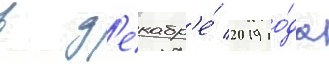
в д'екабр'е́ 2019 го́да